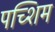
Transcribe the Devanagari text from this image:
पच्शिम